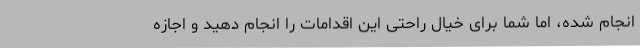
انجام شده، اما شما برای خیال راحتی این اقدامات را انجام دهید و اجازه